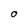
Character: O